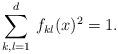
LaTeX: \begin{align*}\sum_{k,l=1}^d\, f_{kl}(x)^2=1.\end{align*}